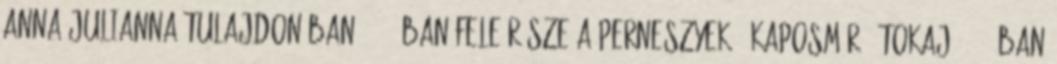
Anna-Julianna tulajdonában. 1733-ban fele része a Perneszyeké. Kaposmérő TOKAJ: 1448-ban